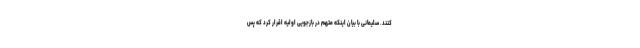
کنند. سلیمانی با بیان اینکه متهم در بازجویی اولیه اقرار کرد که پس